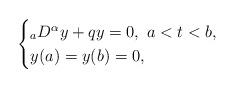
LaTeX: \begin{align*} \begin{cases}_{a}D^{\alpha }y+qy=0,\ a<t<b,\\y(a)=y(b)=0,\end{cases}\end{align*}